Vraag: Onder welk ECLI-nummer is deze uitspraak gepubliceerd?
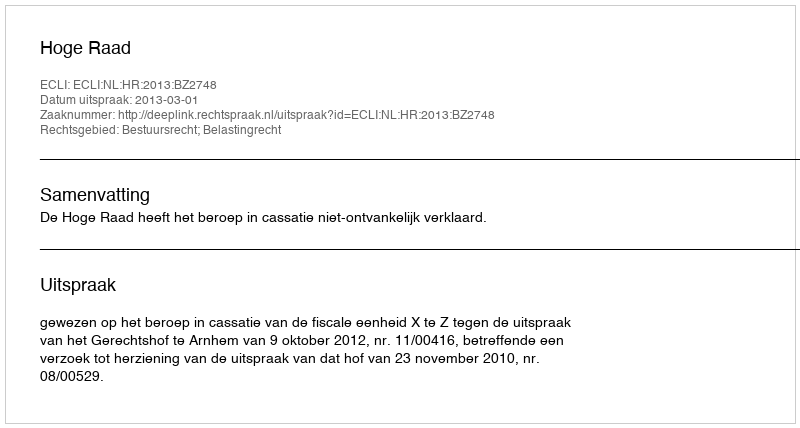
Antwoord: ECLI:NL:HR:2013:BZ2748